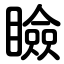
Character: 瞼